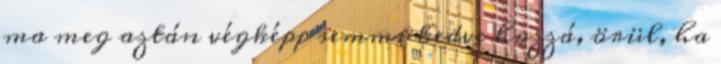
ma meg aztán végképp semmi kedve hozzá, örül, ha